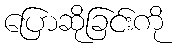
ပြောဆိုခြင်းကို